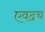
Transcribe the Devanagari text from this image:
एवढच